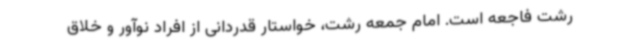
رشت فاجعه است. امام جمعه رشت، خواستار قدردانی از افراد نوآور و خلاق